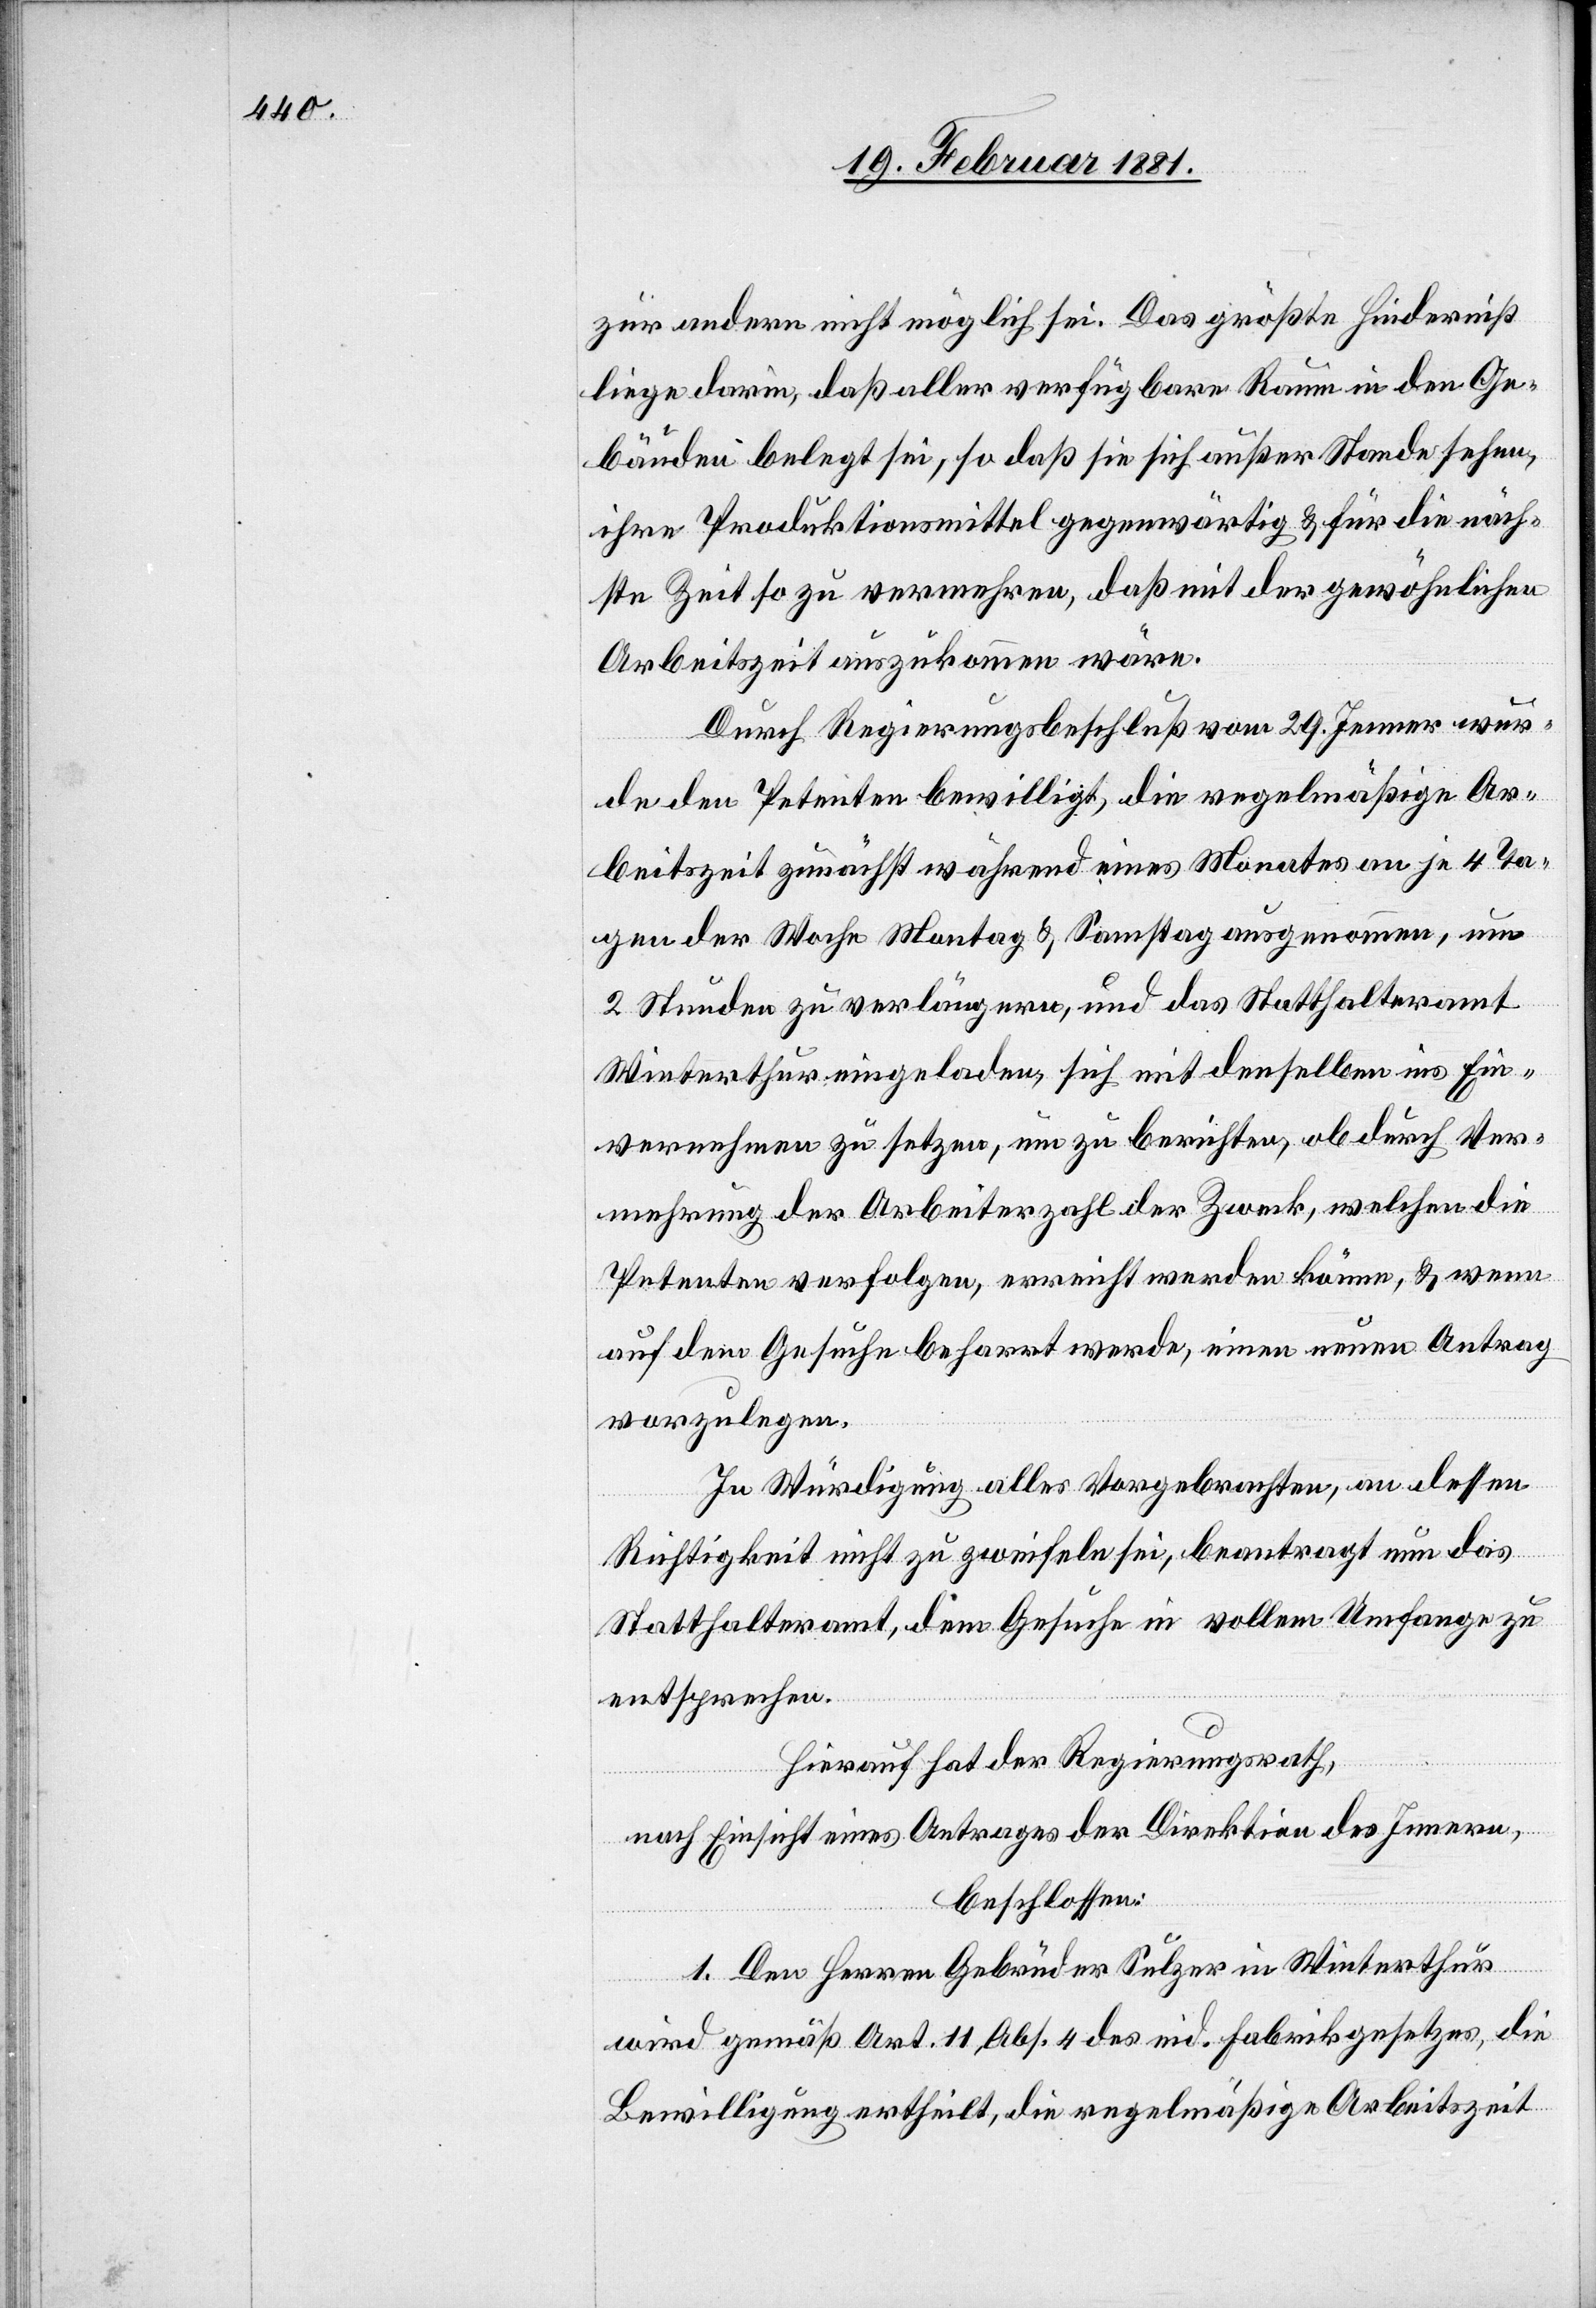
zur andern nicht möglich sei. Das größte Hinderniß
liege darin, daß aller verfügbare Raum in den Ge¬
bäuden belegt sei, so daß sie sich außer Stande sehen,
ihre Produktionsmittel gegenwärtig & für die näch¬
ste Zeit so zu vermehren, daß mit der gewöhnlichen
Arbeitszeit auszukommen wäre.
Durch Regierungsbeschluß vom 29. Jenner wur¬
de den Petenten bewilligt, die regelmäßige Ar¬
beitszeit zunächst während eines Monates an je 4 Ta¬
gen der Woche Montag & Samstag ausgenommen, um
2 Stunden zu verlängern, und das Statthalteramt
Winterthur eingeladen, sich mit denselben ins Ein¬
vernehmen zu setzen, um zu berichten, ob durch Ver¬
mehrung der Arbeiterzahl der Zweck, welchen die
Petenten verfolgen, erreicht werden könne, & wenn
auf dem Gesuche beharrt werde, einen neuen Antrag
vorzulegen.
In Würdigung alles Vorgebrachten, an dessen
Richtigkeit nicht zu zweifeln sei, beantragt nun das
Statthalteramt, dem Gesuch in vollem Umfange zu
entsprechen.
Hierauf hat der Regierungsrath,
nach Einsicht eines Antrages der Direktion des Innern,
beschlossen:
1. Den Herren Gebrüder Sulzer in Winterthur
wird gemäß Art. 11, Abs. 4 des eid. Fabrikgesetzes, die
Bewilligung ertheilt, die regelmäßige Arbeitszeit